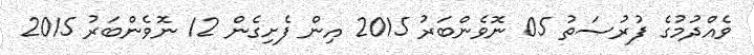
ވެއްދުމުގެ ފުރުޞަތު 05 ނޮވެންބަރު 2015 އިން ފެށިގެން 12 ނޮވެންބަރު 2015